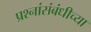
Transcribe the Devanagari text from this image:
प्रश्नांसंबंधीच्या